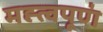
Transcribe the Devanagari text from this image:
मह्त्वपूण॑